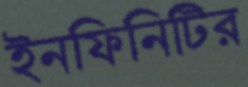
ইনফিনিটির